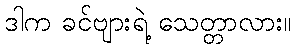
ဒါက ခင်ဗျားရဲ့ သေတ္တာလား။